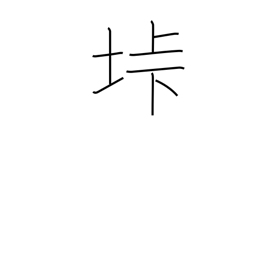
Meaning: mountain pass